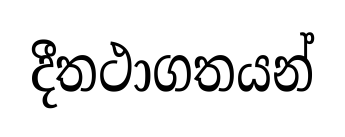
දීතථාගතයන්